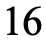
16